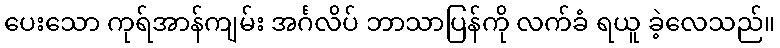
ပေးသော ကုရ်အာန်ကျမ်း အင်္ဂလိပ် ဘာသာပြန်ကို လက်ခံ ရယူ ခဲ့လေသည်။